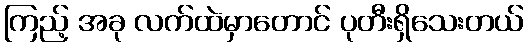
ကြည့် အခု လက်ထဲမှာတောင် ပုတီးရှိသေးတယ်